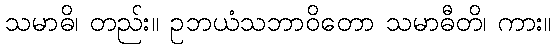
သမာဓိ၊ တည်း။ ဥဘယံသဘာဝိတော သမာဓီတိ၊ ကား။